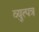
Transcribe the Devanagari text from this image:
व्युत्पत्र